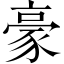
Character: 豪